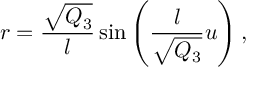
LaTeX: r = \frac { \sqrt { Q _ { 3 } } } { l } \sin \left( \frac { l } { \sqrt { Q _ { 3 } } } u \right) ,